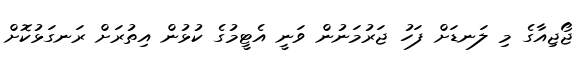
ޖޯޖިއާގެ މި ލަނޑަށް ފަހު ޖަރުމަނުން ވަނީ އެޓީމުގެ ކުޅުން އިތުރަށް ރަނގަޅުކޮށް